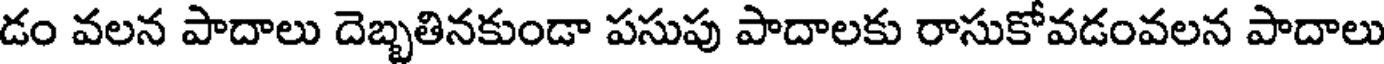
డం వలన పాదాలు దెబ్బతినకుండా పసుపు పాదాలకు రాసుకోవడంవలన పాదాలు